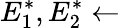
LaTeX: E_{1}^{\ast},E_{2}^{\ast}\gets